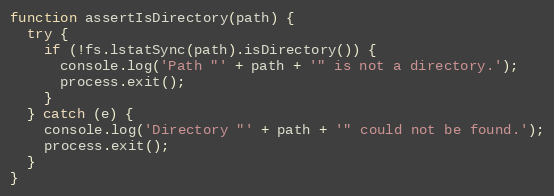
Language: JavaScript
function assertIsDirectory(path) {
  try {
    if (!fs.lstatSync(path).isDirectory()) {
      console.log('Path "' + path + '" is not a directory.');
      process.exit();
    }
  } catch (e) {
    console.log('Directory "' + path + '" could not be found.');
    process.exit();
  }
}